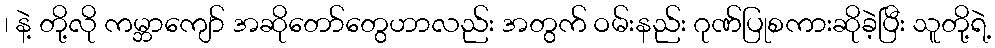
၊ နဲ့ တို့လို ကမ္ဘာကျော် အဆိုတော်တွေဟာလည်း အတွက် ဝမ်းနည်း ဂုဏ်ပြုစကားဆိုခဲ့ပြီး သူတို့ရဲ့